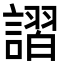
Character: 謵